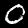
Digit: 0